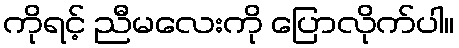
ကိုရင့် ညီမလေးကို ပြောလိုက်ပါ။